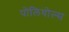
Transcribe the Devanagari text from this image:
पोलियोल्स